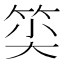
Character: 𥭍